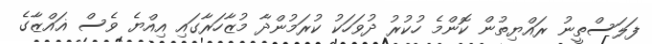
ފަލަސްތީނު ރައްޔިތުން ކޮންމެ ހުކުރު ދުވަހަކު ކުރަމުންދާ މުޒާހަރާގައި އިއްޔެ ވެސް ޣައްޒާގެ